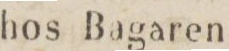
hos Bagaren